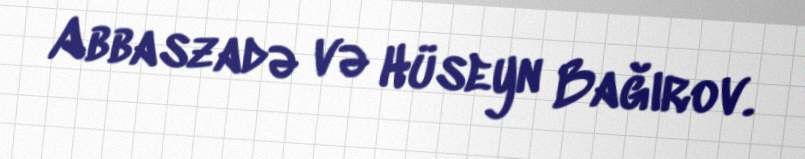
Abbaszadə və Hüseyn Bağırov.